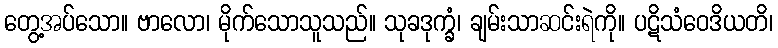
တွေ့အပ်သော။ ဗာလော၊ မိုက်သောသူသည်။ သုခဒုက္ခံ၊ ချမ်းသာဆင်းရဲကို။ ပဋိသံဝေဒိယတိ၊